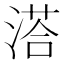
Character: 溚